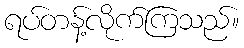
ရပ်တန့်လိုက်ကြသည်။